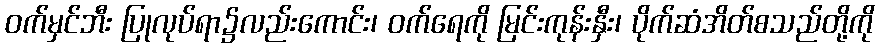
ဝက်မှင်ဘီး ပြုလုပ်ရာ၌လည်းကောင်း၊ ဝက်ရေကို မြင်းကုန်းနှီး၊ ပိုက်ဆံအိတ်စသည်တို့ကို